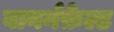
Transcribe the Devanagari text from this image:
बानर्नफ़ेल्ड